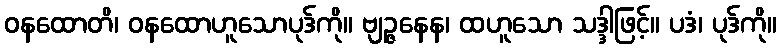
ဝနထောတိ၊ ဝနထောဟူသောပုဒ်ကို။ ဗျဉ္ဇနေန၊ ထဟူသော သဒ္ဒါဖြင့်။ ပဒံ၊ ပုဒ်ကို။